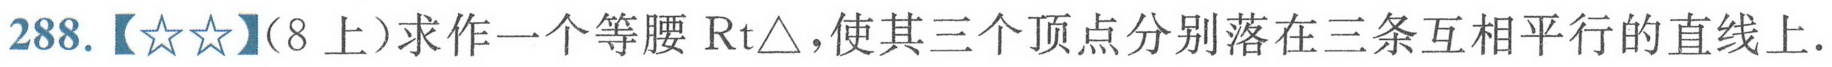
288.【\(☆☆\)】（8上）求作一个等腰\(\text{Rt}\triangle\)，使其三个顶点分别落在三条互相平行的直线上．